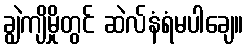
ချွဲကျိမှိုတွင် ဆဲလ်နံရံမပါချေ။